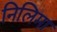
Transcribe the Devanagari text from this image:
निलिमा